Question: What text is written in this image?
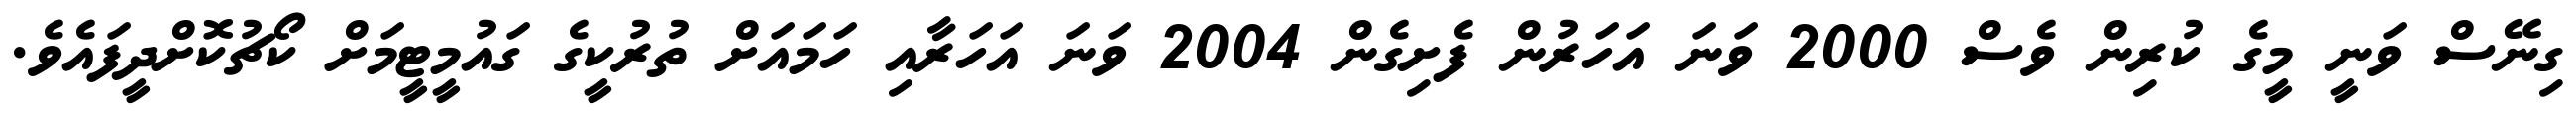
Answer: ގިނޭސް ވަނީ މީގެ ކުރިން ވެސް 2000 ވަނަ އަހަރުން ފެށިގެން 2004 ވަނަ އަހަރާއި ހަމައަށް ތުރުކީގެ ގައުމީޓީމަށް ކޯޗުކޮށްދީފައެވެ.